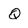
Character: Q